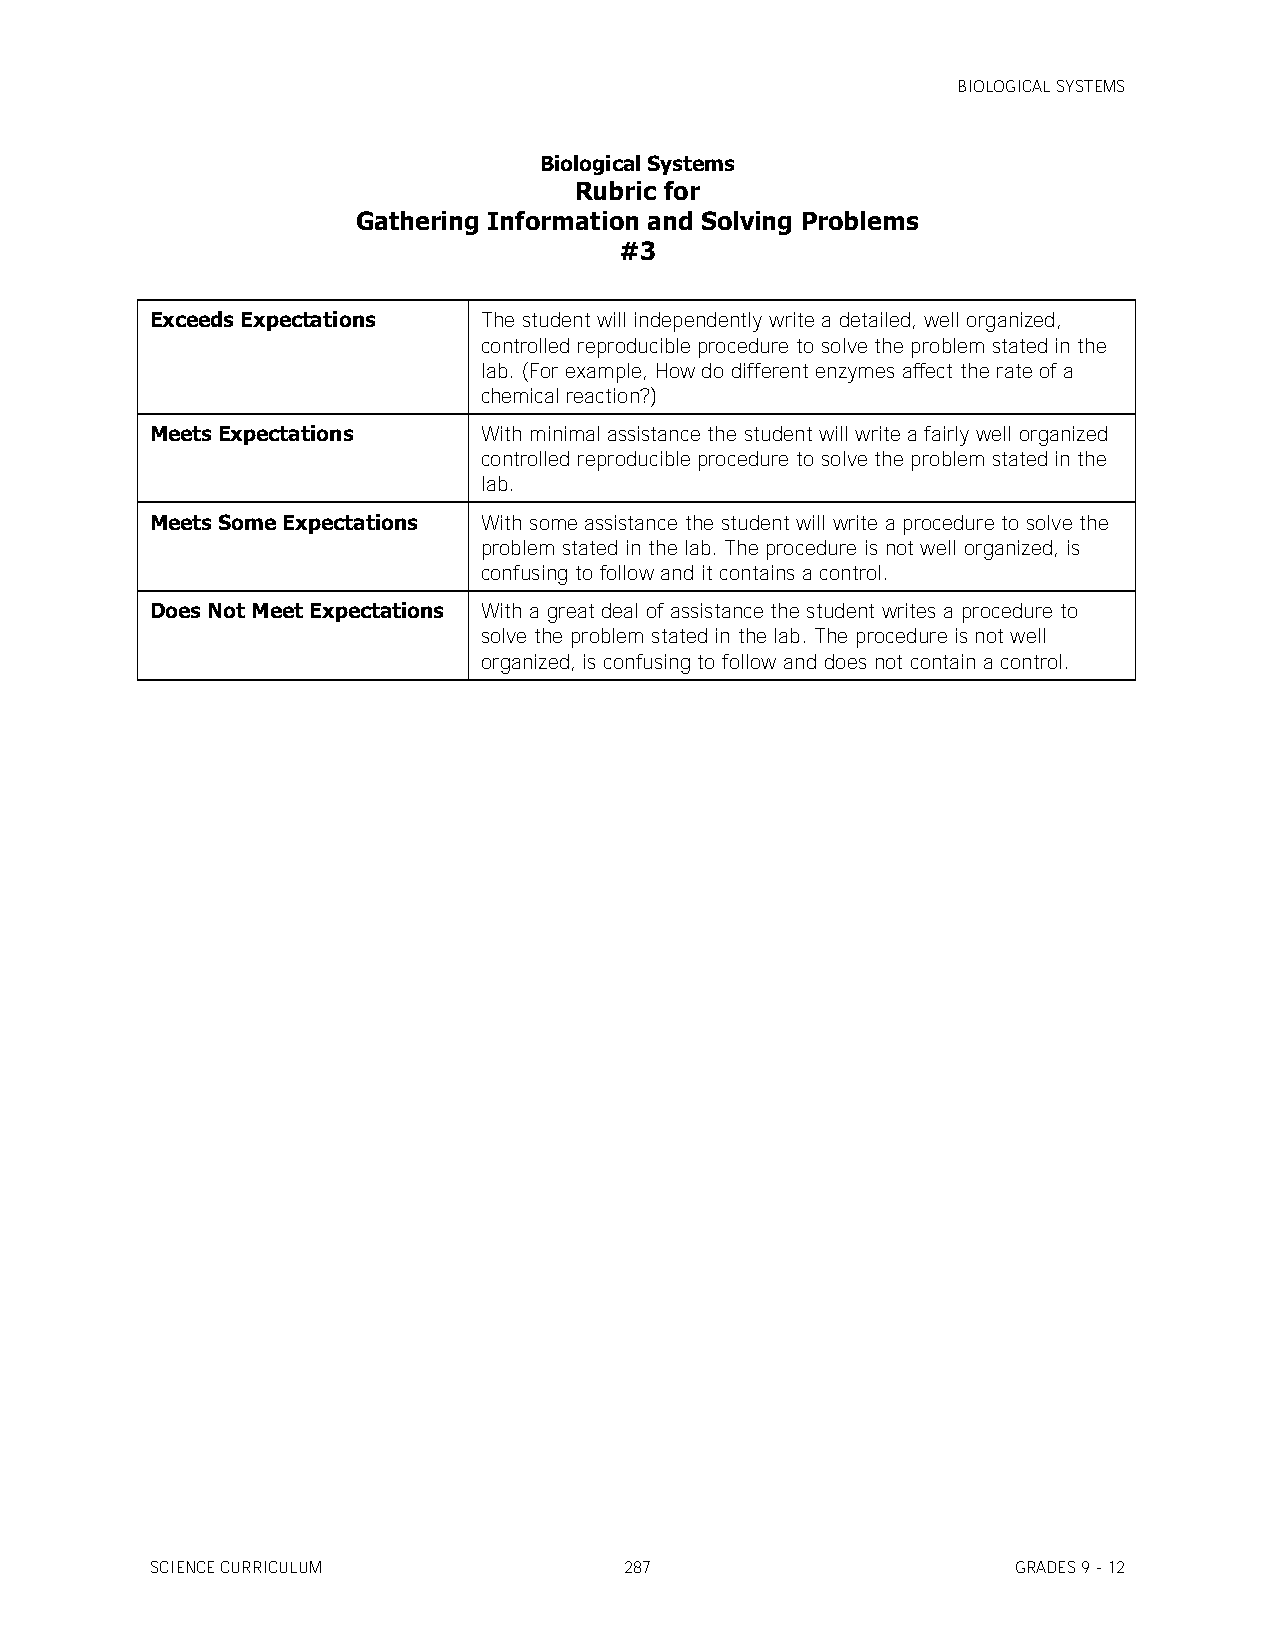
BIOLOGICAL SYSTEMS
 Biological Systems
 Rubric for
 Gathering Information and Solving Problems
 #3
 Exceeds Expectations  The student will independently write a detailed, well organized,
 controlled reproducible procedure to solve the problem stated in the
 lab. (For example, How do different enzymes affect the rate of a
 chemical reaction?)
 Meets Expectations    With minimal assistance the student will write a fairly well organized
 controlled reproducible procedure to solve the problem stated in the
 lab.
 Meets Some Expectations With some assistance the student will write a procedure to solve the
 problem stated in the lab. The procedure is not well organized, is
 confusing to follow and it contains a control.
 Does Not Meet Expectations With a great deal of assistance the student writes a procedure to
 solve the problem stated in the lab. The procedure is not well
 organized, is confusing to follow and does not contain a control.
 SCIENCE CURRICULUM             287                       GRADES 9 - 12